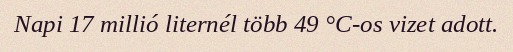
Napi 17 millió liternél több 49 °C-os vizet adott.